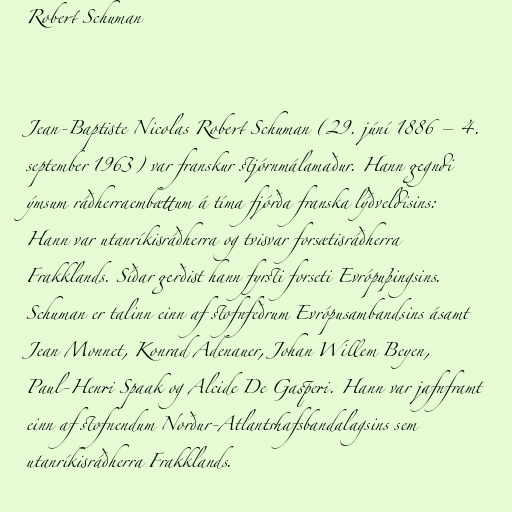
Robert Schuman

Jean-Baptiste Nicolas Robert Schuman (29. júní 1886 – 4.
september 1963) var franskur stjórnmálamaður. Hann gegndi
ýmsum ráðherraembættum á tíma fjórða franska lýðveldisins:
Hann var utanríkisráðherra og tvisvar forsætisráðherra
Frakklands. Síðar gerðist hann fyrsti forseti Evrópuþingsins.
Schuman er talinn einn af stofnfeðrum Evrópusambandsins ásamt
Jean Monnet, Konrad Adenauer, Johan Willem Beyen,
Paul-Henri Spaak og Alcide De Gasperi. Hann var jafnframt
einn af stofnendum Norður-Atlantshafsbandalagsins sem
utanríkisráðherra Frakklands.